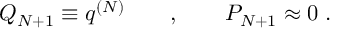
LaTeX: Q _ { N + 1 } \equiv q ^ { ( N ) } \qquad , \qquad P _ { N + 1 } \approx 0 \; .